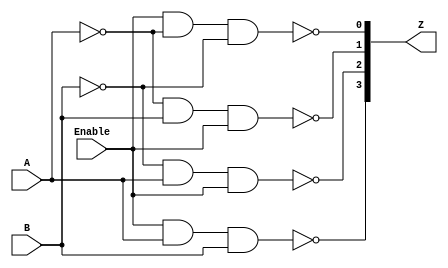
module test1(Z, A, B, Enable);
output [3:0] Z;
input A, B, Enable;
assign Z[0] = ~((Enable) & (~A) & (~B));
assign Z[1] = ~((~A) & B & (Enable));
assign Z[2] = ~((~B) & A & (Enable));
assign Z[3] = ~((Enable) & A & B);

endmodule